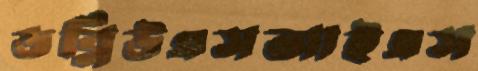
ডব্লিউএসআইএস